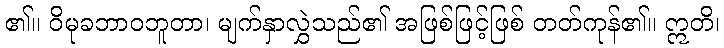
၏။ ဝိမုခဘာဝဘူတာ၊ မျက်နှာလွှဲသည်၏ အဖြစ်ဖြင့်ဖြစ် တတ်ကုန်၏။ ဣတိ၊